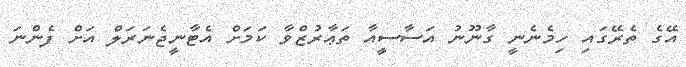
އޭގެ ތެރޭގައި ހިމެނެނީ ގާނޫނު އަސާސީއާ ތަޢާރުޒްވާ ކަމަށް އެޓާނީޖެނަރަލް އަށް ފެންނަ